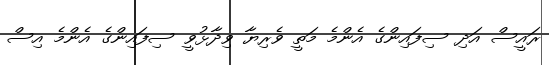
ރައީސް އަދި ސިފައިންގެ އެންމެ މަތީ ވެރިޔާ ވިދާޅުވީ ސިފައިންގެ އެންމެ އިސް